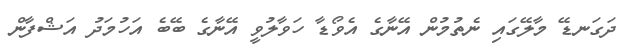
ދަގަނޑޭ މާލޭގައި ނެތުމުން އޭނާގެ އެވޯޑާ ހަވާލުވީ އޭނާގެ ބޭބެ އަހުމަދު އަޝްފާން